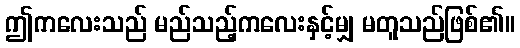
ဤကလေးသည် မည်သည့်ကလေးနှင့်မျှ မတူသည်ဖြစ်၏။